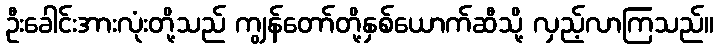
ဦးခေါင်းအားလုံးတို့သည် ကျွန်တော်တို့နှစ်ယောက်ဆီသို့ လှည့်လာကြသည်။